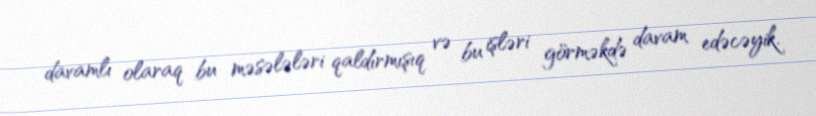
davamlı olaraq bu məsələləri qaldırmışıq və bu işləri görməkdə davam edəcəyik.